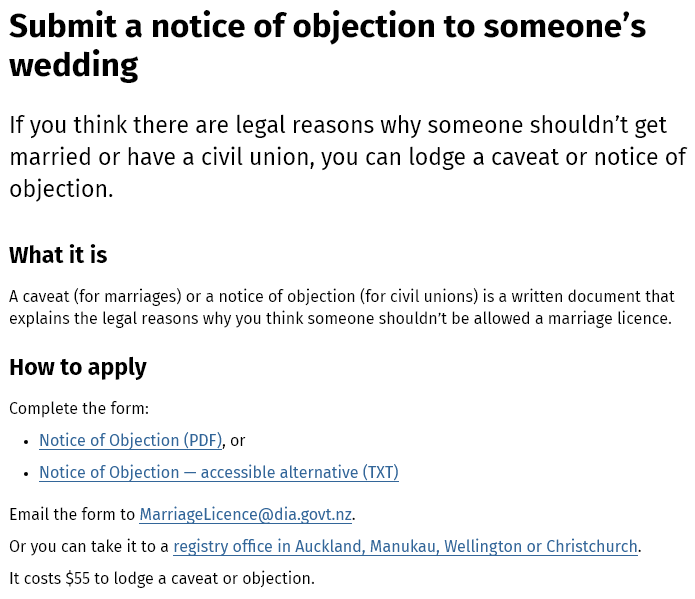
Submit    a   notice    of  objection    to   someone’s
  wedding
  If you think  there   are  legal reasons    why  someone   shouldn't    get
  married   or  have a  civil union,   you  can  lodge   a caveat or   notice   of
  objection.
  What it  is
  A caveat (for marriages) or a notice of objection (for civil unions) is a written document that
  explains the legal reasons why you think someone shouldn't be allowed a marriage licence.
  How   to apply
  Complete the form:
  Email the form to MarriageLicence@dia.govt.nz.
  Or you can take it to a registry office in Auckland, Manukau, Wellington or Christchurch.
  It costs $55 to lodge a caveat or objection.
   +
     Notice of Objection (PDF), or
   +
     Notice of Objection
     —
     accessible alternative (TXT)